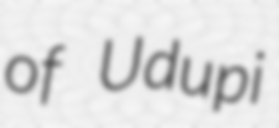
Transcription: of Udupi